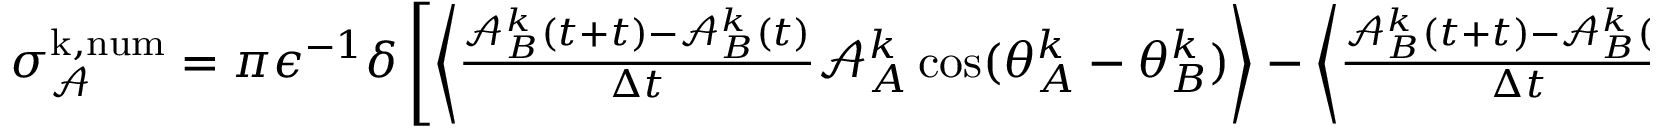
\begin{array} { r } { \sigma _ { \mathcal { A } } ^ { \mathrm { k , n u m } } = { \pi } \epsilon ^ { - 1 } \delta \left[ \left\langle \frac { \mathcal { A } _ { B } ^ { k } ( t + t ) - \mathcal { A } _ { B } ^ { k } ( t ) } { \Delta t } \mathcal { A } _ { A } ^ { k } \cos ( \theta _ { A } ^ { k } - \theta _ { B } ^ { k } ) \right\rangle - \left\langle \frac { \mathcal { A } _ { B } ^ { k } ( t + t ) - \mathcal { A } _ { B } ^ { k } ( t ) } { \Delta t } \mathcal { A } _ { A } ^ { k } \cos ( \theta _ { A } ^ { k } - \theta _ { B } ^ { k } ) \right\rangle \right] \, . } \end{array}